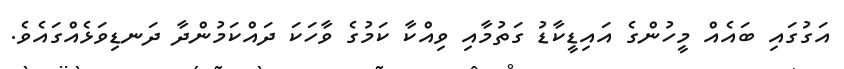
އަގުގައި ބައެއް މީހުންގެ އައިޑީކާޑު ގަތުމާއި ވިއްކާ ކަމުގެ ވާހަކަ ދައްކަމުންދާ ދަނޑިވަޅެއްގައެވެ.